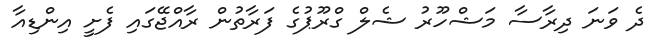
ދެ ވަނަ ދިރާސާ މަޝްހޫރު ޝެލް ގްރޫޕުގެ ފަރާތުން ރާއްޖޭގައި ފެށީ އިންޑިއާ